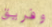
وفريق